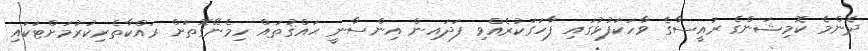
ދެންމެ ކޮމިޝަންގެ ރައީސާގެ ވާހަކަފުޅުގައި ފާހަގަކުރެއްވި ފަދައިން އިންސާނީ ޙައްޤުތައް ހިމެނޭގޮތަށް ރައްކާތެރިކުރުމަށްޓަކައި